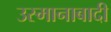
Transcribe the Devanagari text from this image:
उस्मानाबादी